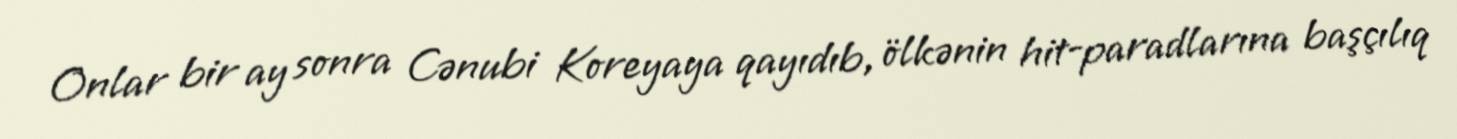
Onlar bir ay sonra Cənubi Koreyaya qayıdıb, ölkənin hit-paradlarına başçılıq